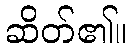
ဆိတ်၏။